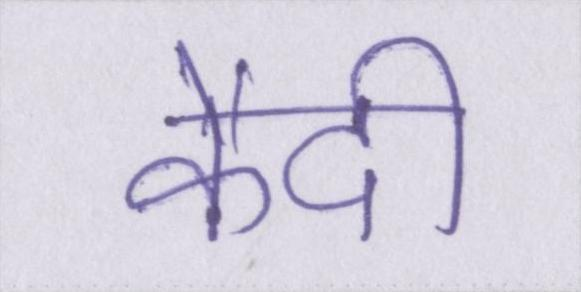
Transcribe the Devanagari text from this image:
कैदी